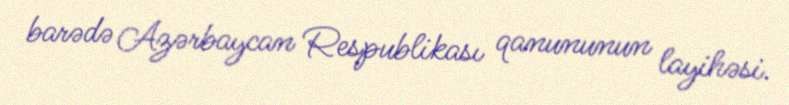
barədə Azərbaycan Respublikası qanununun layihəsi.